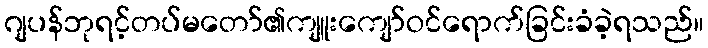
ဂျပန်ဘုရင့်တပ်မတော်၏ကျူးကျော်ဝင်ရောက်ခြင်းခံခဲ့ရသည်။